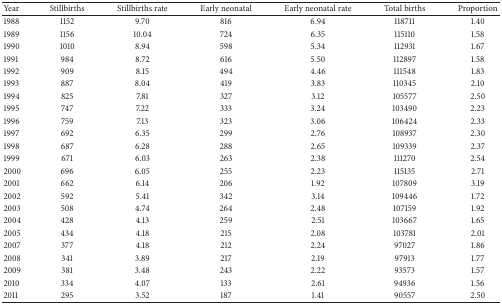
<table><thead><tr><td><b>Year</b></td><td><b>Stillbirths</b></td><td><b>Stillbirths rate</b></td><td><b>Early neonatal</b></td><td><b>Early neonatal rate</b></td><td><b>Total births</b></td><td><b>Proportion</b></td></tr></thead><tbody><tr><td>1988</td><td>1152</td><td>9.70</td><td>816</td><td>6.94</td><td>118711</td><td>1.40</td></tr><tr><td>1989</td><td>1156</td><td>10.04</td><td>724</td><td>6.35</td><td>115110</td><td>1.58</td></tr><tr><td>1990</td><td>1010</td><td>8.94</td><td>598</td><td>5.34</td><td>112931</td><td>1.67</td></tr><tr><td>1991</td><td>984</td><td>8.72</td><td>616</td><td>5.50</td><td>112897</td><td>1.58</td></tr><tr><td>1992</td><td>909</td><td>8.15</td><td>494</td><td>4.46</td><td>111548</td><td>1.83</td></tr><tr><td>1993</td><td>887</td><td>8.04</td><td>419</td><td>3.83</td><td>110345</td><td>2.10</td></tr><tr><td>1994</td><td>825</td><td>7.81</td><td>327</td><td>3.12</td><td>105577</td><td>2.50</td></tr><tr><td>1995</td><td>747</td><td>7.22</td><td>333</td><td>3.24</td><td>103490</td><td>2.23</td></tr><tr><td>1996</td><td>759</td><td>7.13</td><td>323</td><td>3.06</td><td>106424</td><td>2.33</td></tr><tr><td>1997</td><td>692</td><td>6.35</td><td>299</td><td>2.76</td><td>108937</td><td>2.30</td></tr><tr><td>1998</td><td>687</td><td>6.28</td><td>288</td><td>2.65</td><td>109339</td><td>2.37</td></tr><tr><td>1999</td><td>671</td><td>6.03</td><td>263</td><td>2.38</td><td>111270</td><td>2.54</td></tr><tr><td>2000</td><td>696</td><td>6.05</td><td>255</td><td>2.23</td><td>115135</td><td>2.71</td></tr><tr><td>2001</td><td>662</td><td>6.14</td><td>206</td><td>1.92</td><td>107809</td><td>3.19</td></tr><tr><td>2002</td><td>592</td><td>5.41</td><td>342</td><td>3.14</td><td>109446</td><td>1.72</td></tr><tr><td>2003</td><td>508</td><td>4.74</td><td>264</td><td>2.48</td><td>107159</td><td>1.92</td></tr><tr><td>2004</td><td>428</td><td>4.13</td><td>259</td><td>2.51</td><td>103667</td><td>1.65</td></tr><tr><td>2005</td><td>434</td><td>4.18</td><td>215</td><td>2.08</td><td>103781</td><td>2.01</td></tr><tr><td>2007</td><td>377</td><td>4.18</td><td>212</td><td>2.24</td><td>97027</td><td>1.86</td></tr><tr><td>2008</td><td>341</td><td>3.89</td><td>217</td><td>2.19</td><td>97913</td><td>1.77</td></tr><tr><td>2009</td><td>381</td><td>3.48</td><td>243</td><td>2.22</td><td>93573</td><td>1.57</td></tr><tr><td>2010</td><td>334</td><td>4.07</td><td>133</td><td>2.61</td><td>94936</td><td>1.56</td></tr><tr><td>2011</td><td>295</td><td>3.52</td><td>187</td><td>1.41</td><td>90557</td><td>2.50</td></tr></tbody></table>